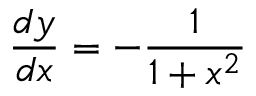
{ \frac { d y } { d x } } = - { \frac { 1 } { 1 + x ^ { 2 } } }